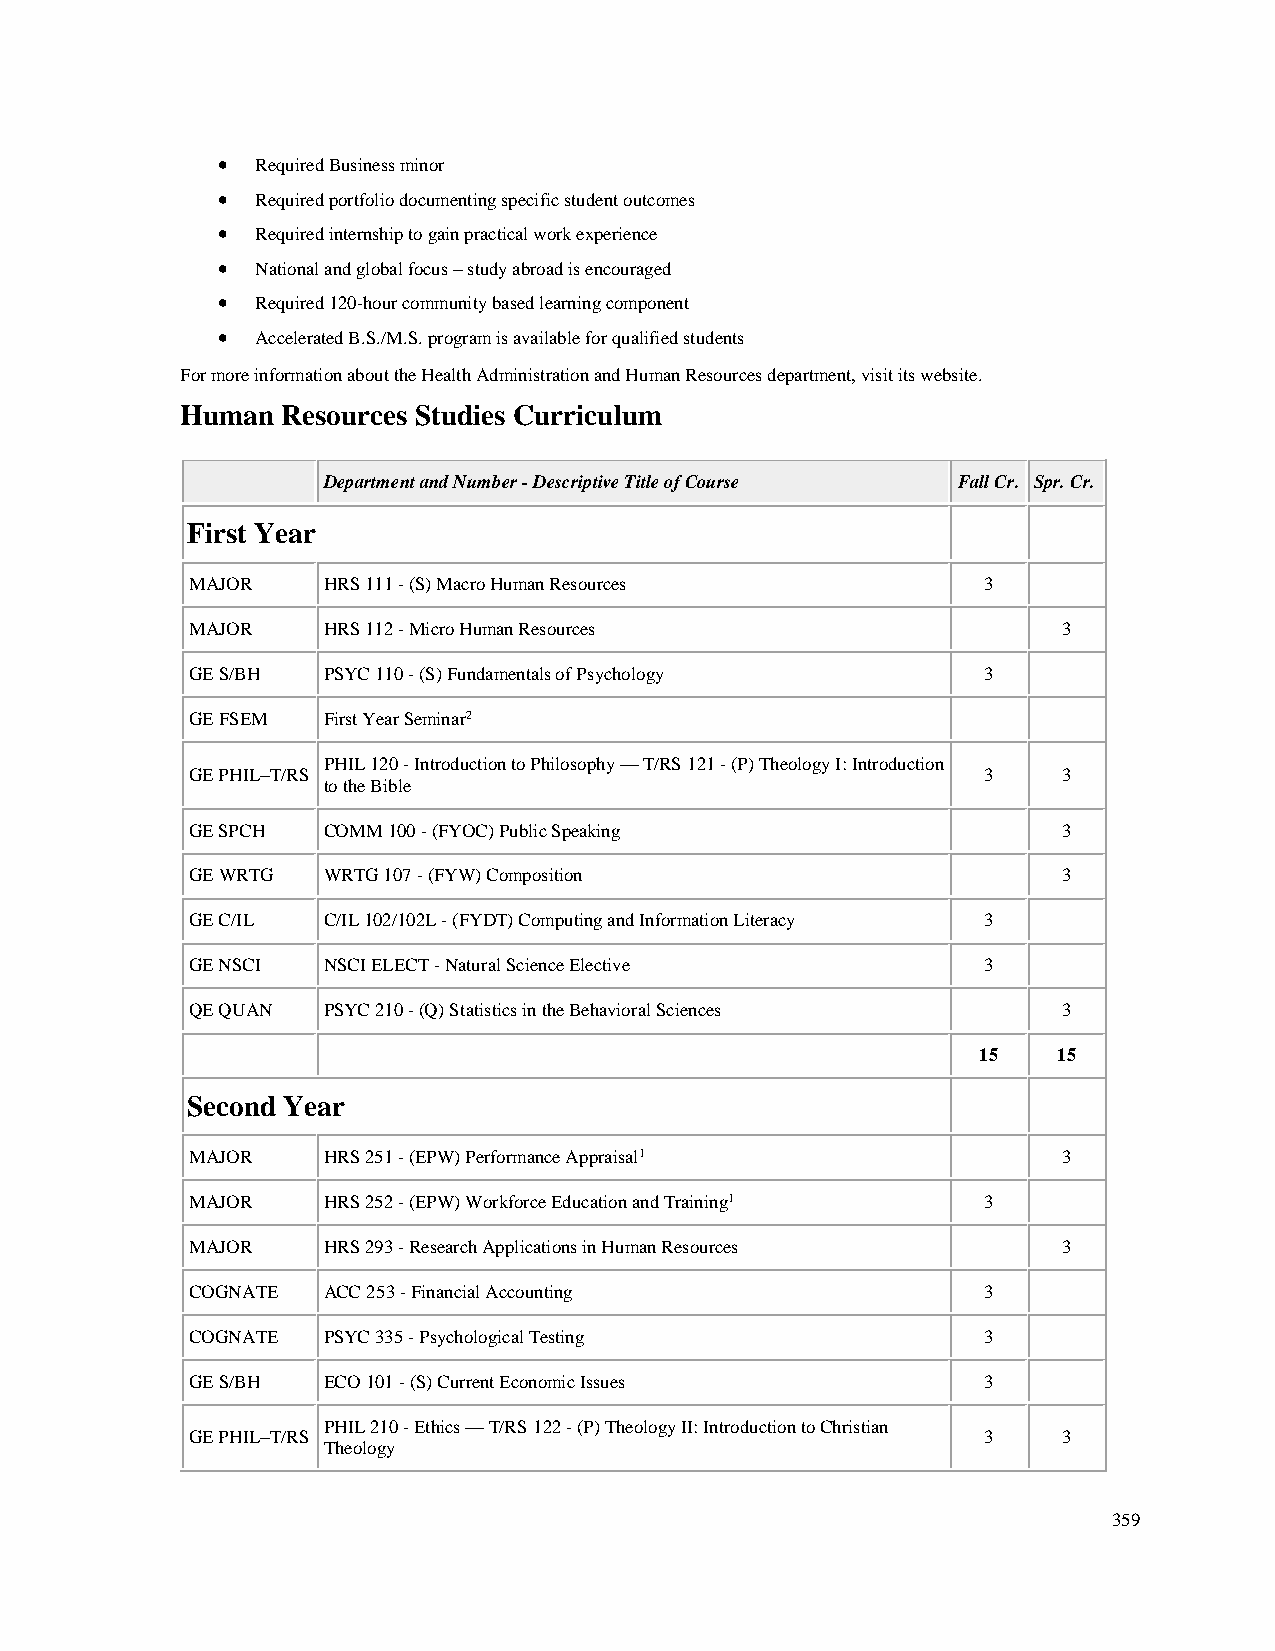
•  Required Business minor
 •  Required portfolio documenting specific student outcomes
 •  Required internship to gain practical work experience
 •  National and global focus – study abroad is encouraged
 •  Required 120-hour community based learning component
 •  Accelerated B.S./M.S. program is available for qualified students
 For more information about the Health Administration and Human Resources department, visit its website.
 Human  Resources Studies Curriculum
 Department and Number - Descriptive Title of Course Fall Cr. Spr. Cr.
 First Year
 MAJOR   HRS 111 - (S) Macro Human Resources         3
 MAJOR   HRS 112 - Micro Human Resources                  3
 GE S/BH PSYC 110 - (S) Fundamentals of Psychology   3
 GE FSEM First Year Seminar2
 PHIL 120 - Introduction to Philosophy — T/RS 121 - (P) Theology I: Introduction
 GE PHIL–T/RS                                        3    3
 to the Bible
 GE SPCH COMM 100 - (FYOC) Public Speaking                3
 GE WRTG WRTG 107 - (FYW) Composition                     3
 GE C/IL C/IL 102/102L - (FYDT) Computing and Information Literacy 3
 GE NSCI NSCI ELECT - Natural Science Elective       3
 QE QUAN PSYC 210 - (Q) Statistics in the Behavioral Sciences 3
 15   15
 Second Year
 MAJOR   HRS 251 - (EPW) Performance Appraisal1           3
 MAJOR   HRS 252 - (EPW) Workforce Education and Training1 3
 MAJOR   HRS 293 - Research Applications in Human Resources 3
 COGNATE ACC 253 - Financial Accounting              3
 COGNATE PSYC 335 - Psychological Testing            3
 GE S/BH ECO 101 - (S) Current Economic Issues       3
 PHIL 210 - Ethics — T/RS 122 - (P) Theology II: Introduction to Christian
 GE PHIL–T/RS                                        3    3
 Theology
 359